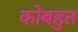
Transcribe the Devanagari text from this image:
कोबहुत